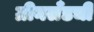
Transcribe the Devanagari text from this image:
ग्रीनलँडची